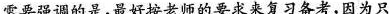
需要强调的是，最好按老师的要求来复习备考，因为只